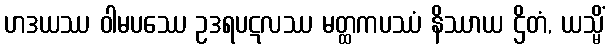
ဟဒယဿ ဝါမပဿေ ဥဒရပဋလဿ မတ္ထကပဿံ နိဿာယ ဌိတံ, ယသ္မိံ